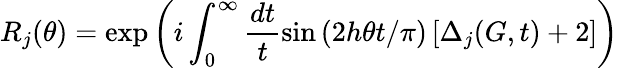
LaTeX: R_{j}(\theta)=\exp\left(i\int_{0}^{\infty}\frac{dt}{t}\sin\left(2h\theta t/\pi\right)\left[\Delta_{j}(G,t)+2\right]\right)